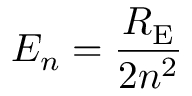
E _ { n } = { \frac { R _ { \mathrm { E } } } { 2 n ^ { 2 } } } ~ ~ ~ ~ ~